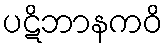
ပဋိဘာနကဝိ